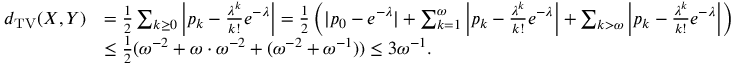
\begin{array} { r l } { d _ { \mathrm { T V } } ( X , Y ) } & { = \frac { 1 } { 2 } \sum _ { k \geq 0 } \left| p _ { k } - \frac { \lambda ^ { k } } { k ! } e ^ { - \lambda } \right| = \frac { 1 } { 2 } \left( | p _ { 0 } - e ^ { - \lambda } | + \sum _ { k = 1 } ^ { \omega } \left| p _ { k } - \frac { \lambda ^ { k } } { k ! } e ^ { - \lambda } \right| + \sum _ { k > \omega } \left| p _ { k } - \frac { \lambda ^ { k } } { k ! } e ^ { - \lambda } \right| \right) } \\ & { \leq \frac { 1 } { 2 } ( \omega ^ { - 2 } + \omega \cdot \omega ^ { - 2 } + ( \omega ^ { - 2 } + \omega ^ { - 1 } ) ) \leq 3 \omega ^ { - 1 } . } \end{array}